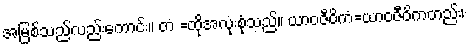
အမြစ်သည်လည်းကောင်း။ တံ =ထိုအလုံးစုံသည်။ ယာဝဇီဝိကံ=ယာဝဇီဝိကတည်း၊